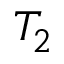
T _ { 2 }